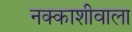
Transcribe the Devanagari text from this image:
नक्काशीवाला